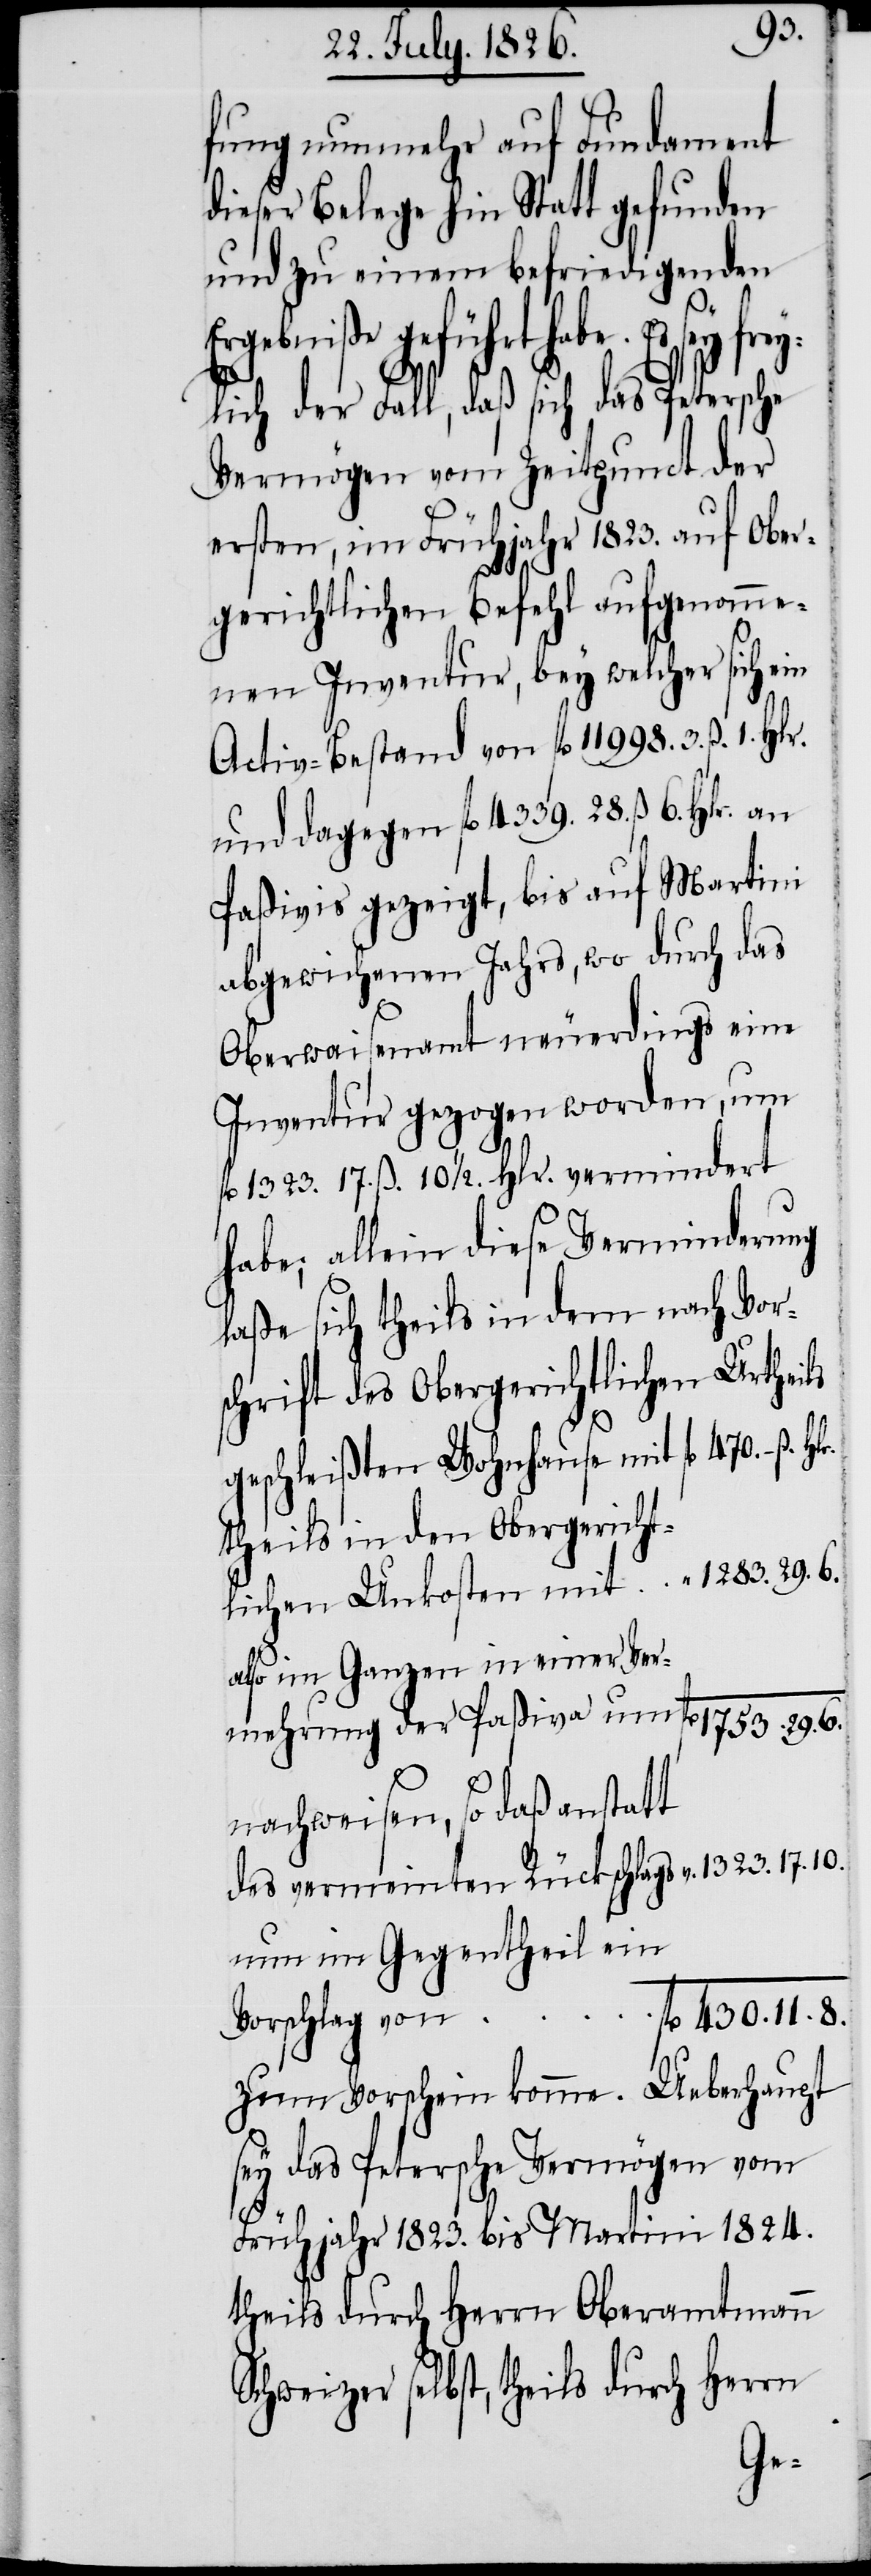
430.
fung nunmehr auf Fundament
dieser Belege hin Statt gefunden
und zu einem befriedigenden
lichen Unkosten
lich der Fall, daß sich das Petersche
Vermögen vom Zeitpunct der
ersten, im Frühjahr 1823. auf Ober¬
gerichtlichen Befehl aufgenomme¬
nen Inventur, bey welcher sich ein
Activ-Bestand von fl. 11 998. 3. ß. 1. Hlr.
und dagegen fl. 4339. 28. ß 6. Hlr. an
Paßivis gezeigt, bis auf Martini
abgewichenen Jahrs, wo durch das
Oberwaisenamt neuerdings eine
Inventur gezogen worden, um
fl. 1323. 17. ß 10 1/2. Hlr. vermindert
habe; allein diese Verminderung
schrift des Obergerichtlichen Urtheils
geschleißten Wohnhause mit
theils in den Obergericht¬
als im Ganzen in einer Ver¬
nehmung der Paßiva um
nachweisen, so daß anstatt
des vermeinten Rückschlags v.
nun im Gegentheil ein
zum Vorschein komme. Ueberhaupt
sey das Petersche Vermögen vom
11.
Frühjahr 1823. bis Martini 1824.
theils durch Herrn Oberamtmann
Schweizer selbst, theils durch Herrn
frey¬